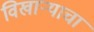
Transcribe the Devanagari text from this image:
विखाऱ्याचा